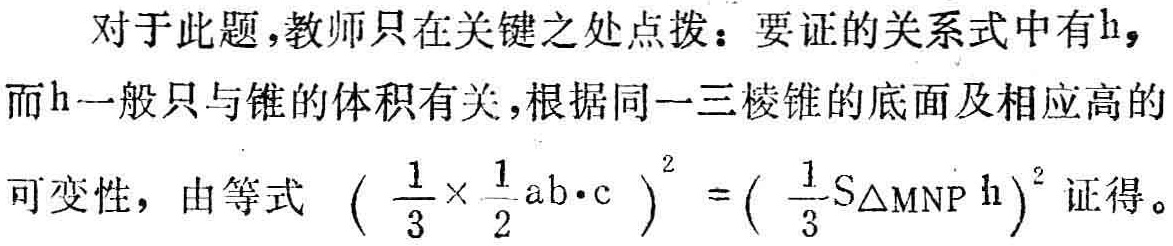
对于此题,教师只在关键之处点拨：要证的关系式中有\(h\)，而\(h\)一般只与锥的体积有关，根据同一三棱锥的底面及相应高的可变性，由等式 \((\frac{1}{3}\times\frac{1}{2}ab\cdot c)^2 = (\frac{1}{3}S_{\triangle MNP}h)^2\) 证得。